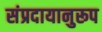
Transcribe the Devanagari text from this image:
संप्रदायानुरूप